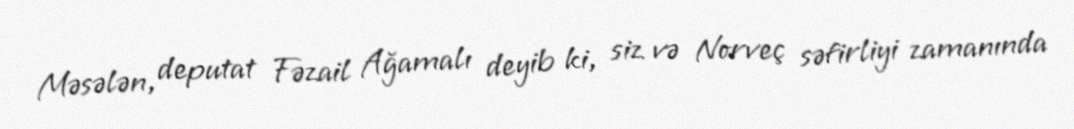
Məsələn, deputat Fəzail Ağamalı deyib ki, siz və Norveç səfirliyi zamanında